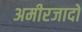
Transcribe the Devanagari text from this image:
अमीरजादों